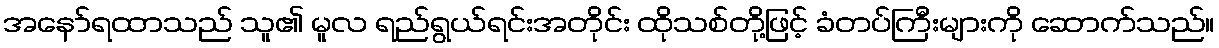
အနော်ရထာသည် သူ၏ မူလ ရည်ရွယ်ရင်းအတိုင်း ထိုသစ်တို့ဖြင့် ခံတပ်ကြီးများကို ဆောက်သည်။